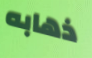
ذهابه